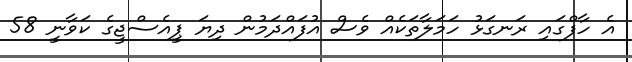
އެ ހާފްގައި ރަނގަޅު ހަމަލާތަކެއް ވެސް އުފައްދަމުން ދިޔަ ޕީއެސްޖީގެ ކަވާނީ 58